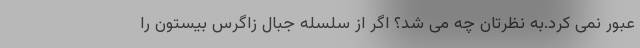
عبور نمی کرد.به نظرتان چه می شد؟ اگر از سلسله جبال زاگرس بیستون را